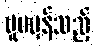
မူမမှန်သည့်